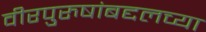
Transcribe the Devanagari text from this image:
वीरपुरुषांबद्दलच्या